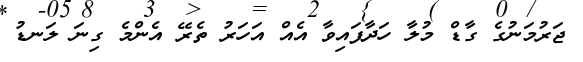
ޖަރުމަނުގެ ގާޑް މުލާ ހަދާފައިވާ އެއް އަހަރު ތެރޭ އެންމެ ގިނަ ލަނޑު